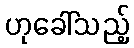
ဟုခေါ်သည့်